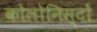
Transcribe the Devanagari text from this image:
कोलोनिस्टों